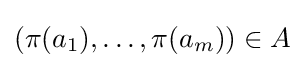
(\pi (a_{1}),\ldots ,\pi (a_{m}))\in A